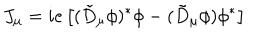
LaTeX: J _ { \mu } = i e \left[ ( \tilde { D } _ { \mu } \phi ) ^ { * } \phi - ( \tilde { D } _ { \mu } \phi ) \phi ^ { * } \right]